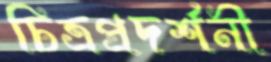
চিত্রপ্রদর্শনী